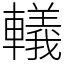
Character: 轙